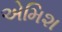
એમિશ